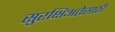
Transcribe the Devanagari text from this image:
सुरक्षिअतेसाठी